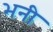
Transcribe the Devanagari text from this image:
भनी